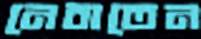
নেবাতেন